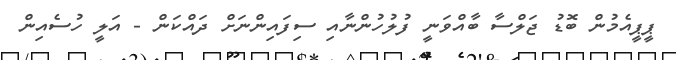
ޕީޕީއެމުން ބޮޑު ޖަލްސާ ބާއްވަނީ ފުލުހުންނާއި ސިފައިންނަށް ދައްކަން - އަލީ ހުސެއިން